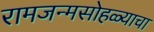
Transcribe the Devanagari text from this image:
रामजन्मसोहळ्याचा